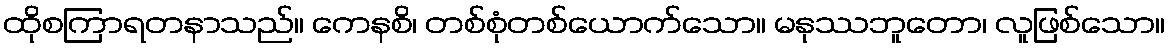
ထိုစကြာရတနာသည်။ ကေနစိ၊ တစ်စုံတစ်ယောက်သော။ မနုဿဘူတော၊ လူဖြစ်သော။